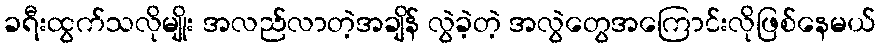
ခရီးထွက်သလိုမျိုး အလည်လာတဲ့အချိန် လွဲခဲ့တဲ့ အလွဲတွေအကြောင်းလိုဖြစ်နေမယ်